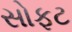
સોફટ